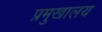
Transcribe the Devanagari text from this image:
प्रमुखालय